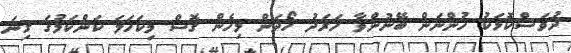
ދުވަސްކޮޅަކު ހުންނަން ބޭނުންވާ ހަރަދު ހޯދަން މިހެން ގޮސް މިކަހަލަ ކަންކަމުގަ ގިނަ